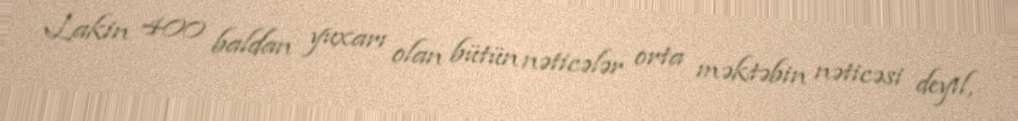
Lakin 400 baldan yuxarı olan bütün nəticələr orta məktəbin nəticəsi deyil,